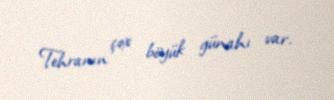
Tehranın çox böyük günahı var.